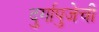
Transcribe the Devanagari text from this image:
दुर्गापुजेची